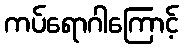
ကပ်ရောဂါကြောင့်